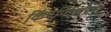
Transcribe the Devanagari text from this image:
किंगफिशरस्